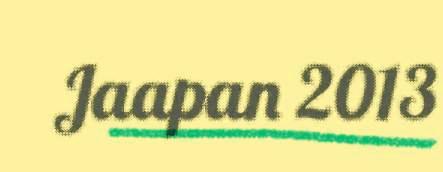
Jaapan 2013